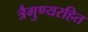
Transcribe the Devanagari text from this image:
त्रैगुण्यरहित